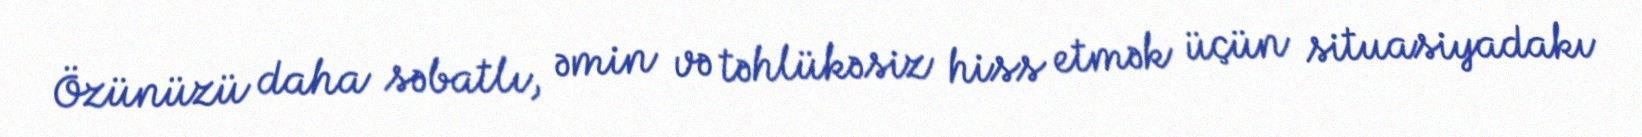
Özünüzü daha səbatlı, əmin və təhlükəsiz hiss etmək üçün situasiyadakı